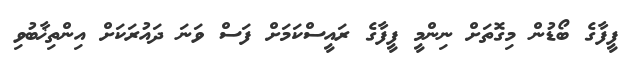
ފީފާގެ ބޯޑުން މިގޮތަށް ނިންމީ ފީފާގެ ރައީސްކަމަށް ފަސް ވަނަ ދައުރަކަށް އިންތިޚާބުވި